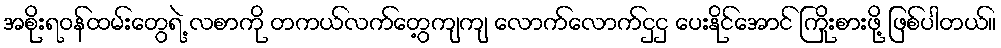
အစိုးရဝန်ထမ်းတွေရဲ့ လစာကို တကယ်လက်တွေ့ကျကျ လောက်လောက်ငှငှ ပေးနိုင်အောင် ကြိုးစားဖို့ ဖြစ်ပါတယ်။